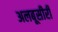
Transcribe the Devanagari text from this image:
अलबूसीरी